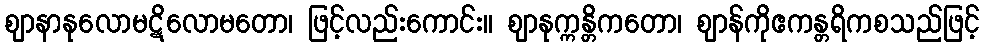
ဈာနာနုလောမဋိလောမတော၊ ဖြင့်လည်းကောင်း။ ဈာနုက္ကန္တိကတော၊ ဈာန်ကိုဧကန္တရိကစသည်ဖြင့်